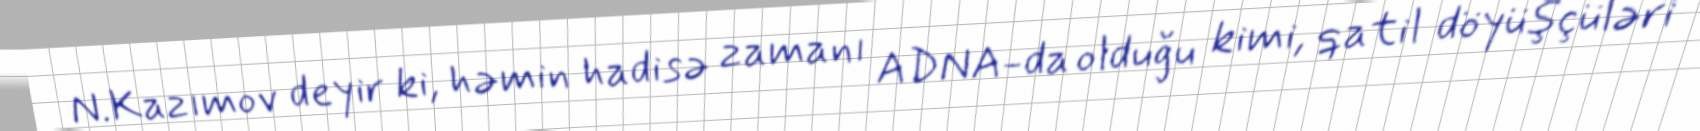
N.Kazımov deyir ki, həmin hadisə zamanı ADNA-da olduğu kimi, qatil döyüşçüləri